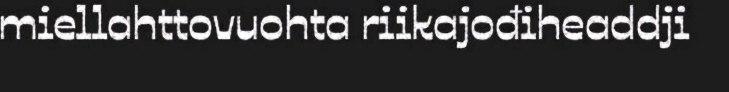
miellahttovuohta riikajođiheaddji